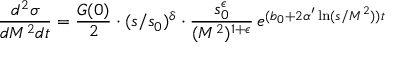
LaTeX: \frac { d ^ { 2 } \sigma } { d M ^ { 2 } d t } = \frac { G ( 0 ) } { 2 } \cdot ( s / s _ { 0 } ) ^ { \delta } \cdot \frac { s _ { 0 } ^ { \epsilon } } { ( M ^ { 2 } ) ^ { 1 + \epsilon } } \, e ^ { ( b _ { 0 } + 2 \alpha ^ { \prime } \ln ( s / M ^ { 2 } ) ) t }